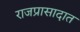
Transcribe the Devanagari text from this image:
राजप्रासादात